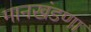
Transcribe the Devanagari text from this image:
मानखंडणा